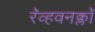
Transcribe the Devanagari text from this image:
रॅव्हवनक्लॉ